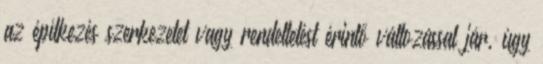
az építkezés szerkezetet vagy rendeltetést érintő változással jár, úgy